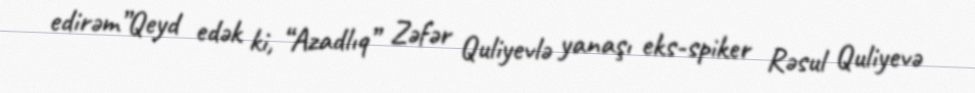
edirəm”Qeyd edək ki, “Azadlıq” Zəfər Quliyevlə yanaşı eks-spiker Rəsul Quliyevə